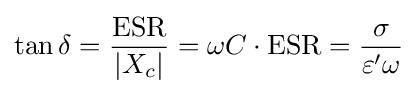
\tan \delta ={\frac {\mathrm {ESR} }{|X_{c}|}}=\omega C\cdot \mathrm {ESR} ={\frac {\sigma }{\varepsilon '\omega }}